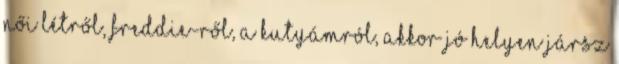
női létről, Freddie-ről, a kutyámról, akkor jó helyen jársz